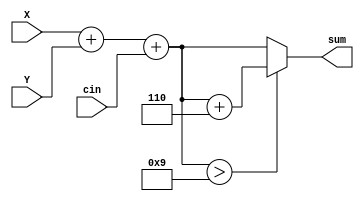
module BCD_adder(
    input [3:0] X, Y,
    input cin,
    output reg [4:0] sum
);
    always @(*) begin
        sum = X + Y + cin;
        if (sum > 9) 
            sum = sum + 6;
    end
endmodule